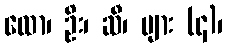
ထော၊ ဦး၊ ဆီ၊ ပျား (၄)၊